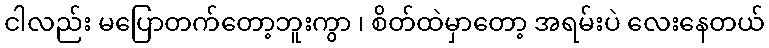
ငါလည်း မပြောတက်တော့ဘူးကွာ ၊ စိတ်ထဲမှာတော့ အရမ်းပဲ လေးနေတယ်